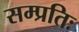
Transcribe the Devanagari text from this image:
सम्प्रतिः